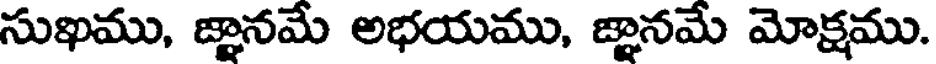
సుఖము, జ్ఞానమే అభయము, జ్ఞానమే మోక్షము.